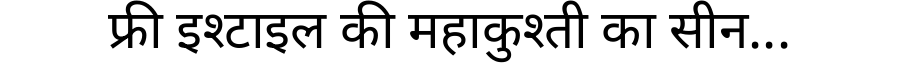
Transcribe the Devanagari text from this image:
फ्री इश्टाइल की महाकुश्ती का सीन...